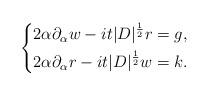
LaTeX: \begin{align*} \left\{ \begin{aligned}& 2 \alpha \partial_\alpha w - i t |D|^\frac12 r = g,\\& 2\alpha \partial_\alpha r - it |D|^\frac12 w = k.\end{aligned}\right.\end{align*}